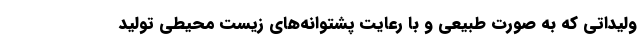
ولیداتی که به صورت طبیعی و با رعایت پشتوانه‌های زیست محیطی تولید